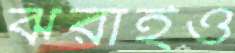
ঝরাইও